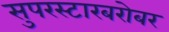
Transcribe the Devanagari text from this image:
सुपरस्टारबरोबर